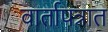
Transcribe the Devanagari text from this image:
वार्तापत्रात